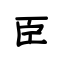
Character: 臣